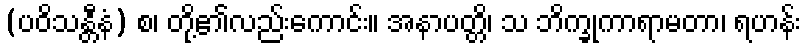
(ပဝိသန္တီနံ) စ၊ တို့၏လည်းကောင်း။ အနာပတ္တိ၊ သ ဘိက္ခုကာရာမတာ၊ ရဟန်း